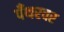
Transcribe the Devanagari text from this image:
पँथरवर